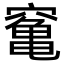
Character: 䆴